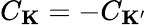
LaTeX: C_{\mathbf{K}}=-C_{\mathbf{K^{\prime}}}